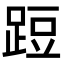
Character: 𨁋